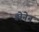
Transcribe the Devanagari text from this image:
डोनेन